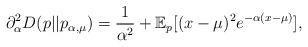
LaTeX: \begin{align*}\partial^2_\alpha D(p||p_{\alpha,\mu}) &= \frac{1}{\alpha^2} + \mathbb{E}_p[ (x-\mu)^2 e^{-\alpha(x-\mu)}],\end{align*}